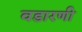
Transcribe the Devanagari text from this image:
वडारणी